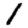
Digit: 1